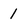
Character: 1